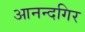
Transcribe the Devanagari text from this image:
आनन्दगिर